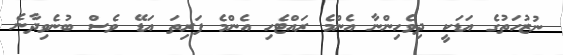
ނުޒުހަތުގެ އަޑަކީ ދިވެހިންނާ އެންމެ ރައްޓެހި އެންމެ ފަރިތަ އަޑޭ ވެސް ބުނެވިދާނެ